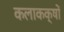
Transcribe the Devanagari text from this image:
कलाकक्षों